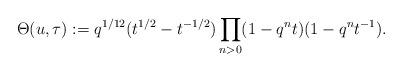
LaTeX: \begin{align*}\Theta(u,\tau):=q^{1/12}(t^{1/2}-t^{-1/2})\prod_{n>0} (1-q^nt)(1-q^nt^{-1}).\end{align*}